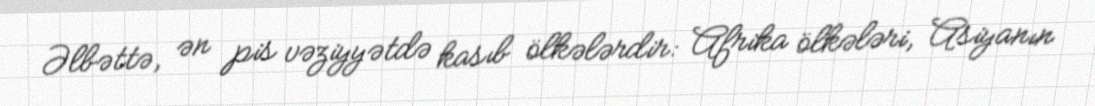
Əlbəttə, ən pis vəziyyətdə kasıb ölkələrdir: Afrika ölkələri, Asiyanın